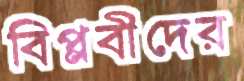
বিপ্লবীদের